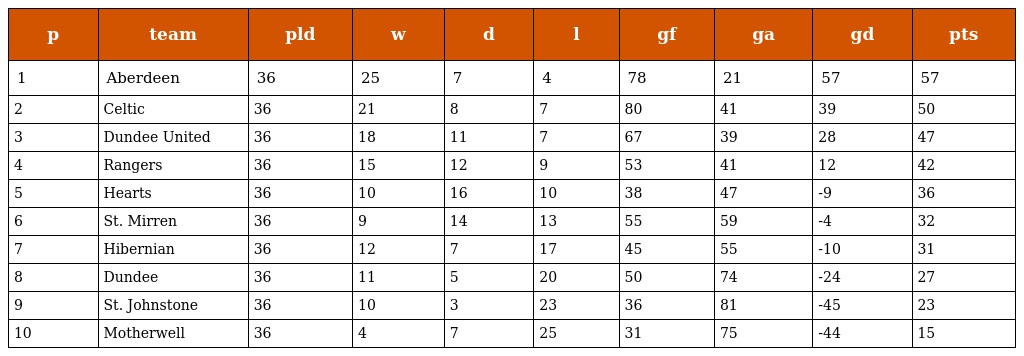
| p | team | pld | w | d | l | gf | ga | gd | pts |
 | --- | --- | --- | --- | --- | --- | --- | --- | --- | --- |
 | 1 | Aberdeen | 36 | 25 | 7 | 4 | 78 | 21 | 57 | 57 |
 | 2 | Celtic | 36 | 21 | 8 | 7 | 80 | 41 | 39 | 50 |
 | 3 | Dundee United | 36 | 18 | 11 | 7 | 67 | 39 | 28 | 47 |
 | 4 | Rangers | 36 | 15 | 12 | 9 | 53 | 41 | 12 | 42 |
 | 5 | Hearts | 36 | 10 | 16 | 10 | 38 | 47 | -9 | 36 |
 | 6 | St. Mirren | 36 | 9 | 14 | 13 | 55 | 59 | -4 | 32 |
 | 7 | Hibernian | 36 | 12 | 7 | 17 | 45 | 55 | -10 | 31 |
 | 8 | Dundee | 36 | 11 | 5 | 20 | 50 | 74 | -24 | 27 |
 | 9 | St. Johnstone | 36 | 10 | 3 | 23 | 36 | 81 | -45 | 23 |
 | 10 | Motherwell | 36 | 4 | 7 | 25 | 31 | 75 | -44 | 15 |